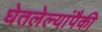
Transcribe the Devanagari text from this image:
घेतलेल्यांपैकी